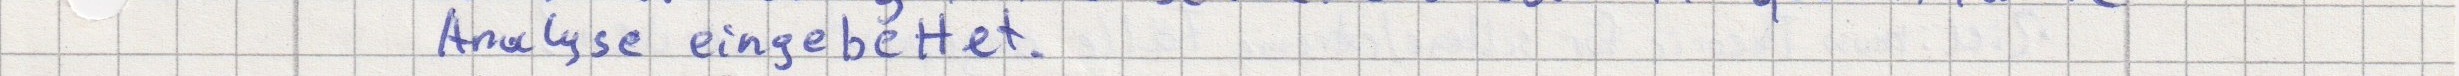
Analyse eingebettet